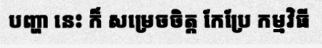
បញ្ហា នេះ ក៏ សម្រេចចិត្ត កែប្រែ កម្មវិធី